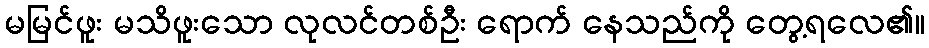
မမြင်ဖူး မသိဖူးသော လုလင်တစ်ဦး ရောက် နေသည်ကို တွေ့ရလေ၏။